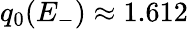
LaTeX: q_{0}(E_{-})\approx 1.612